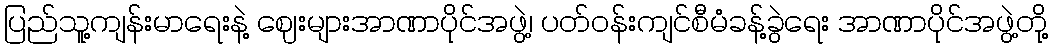
ပြည်သူ့ကျန်းမာရေးနဲ့ ဈေးများအာဏာပိုင်အဖွဲ့၊ ပတ်ဝန်းကျင်စီမံခန့်ခွဲရေး အာဏာပိုင်အဖွဲ့တို့